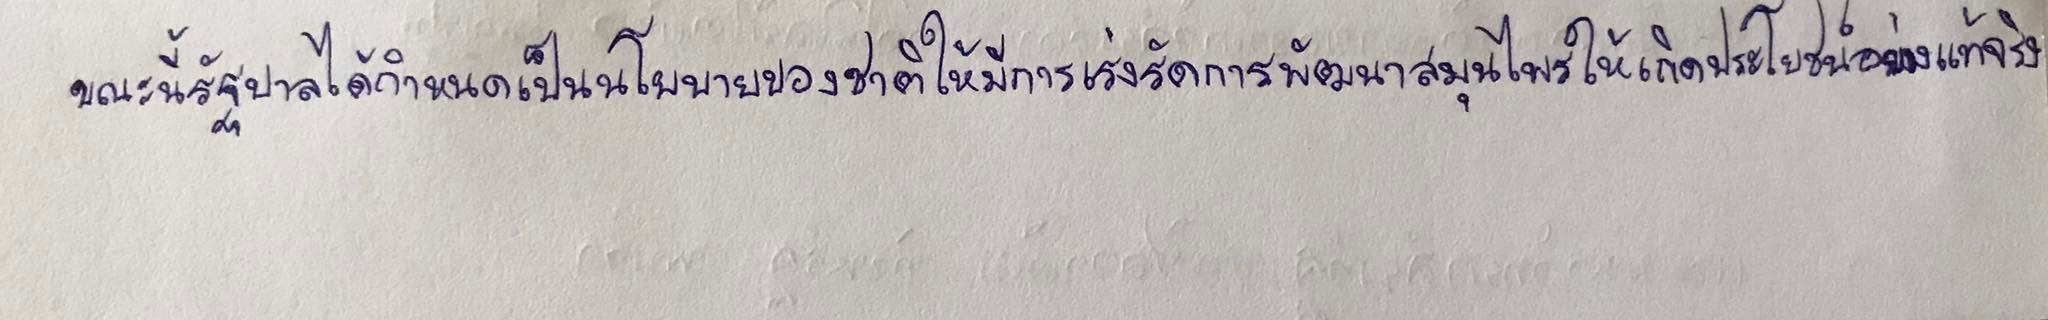
ขณะนี้รัฐบาลได้กำหนดเป็นนโยบายของชาติให้มีการเร่งรัดการพัฒนาสมุนไพรให้เกิดประโยชน์อย่างแท้จริง